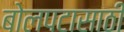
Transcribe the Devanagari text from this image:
बोलपटासाठी